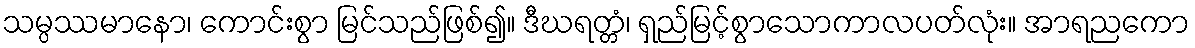
သမ္ပဿမာနော၊ ကောင်းစွာ မြင်သည်ဖြစ်၍။ ဒီဃရတ္တံ၊ ရှည်မြင့်စွာသောကာလပတ်လုံး။ အာရညကော